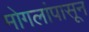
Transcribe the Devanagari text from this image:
मोगलांपासून